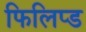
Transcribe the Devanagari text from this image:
फिलिप्ड